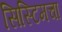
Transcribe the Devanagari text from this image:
सिस्टिमचा